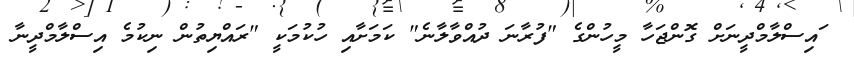
ައިސްލާމްދީނަށް ގޮންޖަހާ މީހުންގެ "ފުރާނަ ދުއްވާލާނެ" ކަމަށާއި ހުކުމަކީ "ރައްޔިތުން ނިކުމެ އިސްލާމްދީނާ